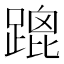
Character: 䠘